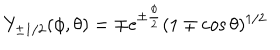
LaTeX: Y _ { \pm 1 / 2 } ( \phi , \theta ) = \mp e ^ { \pm \frac { \phi } { 2 } } ( 1 \mp \cos \theta ) ^ { 1 / 2 }